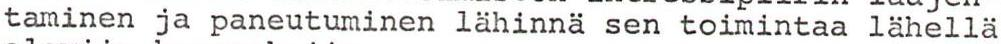
taminen ja paneutuminen lähinnä sen toimintaa lähellä